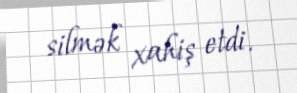
silmək xahiş etdi.